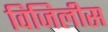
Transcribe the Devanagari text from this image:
विजिलीस